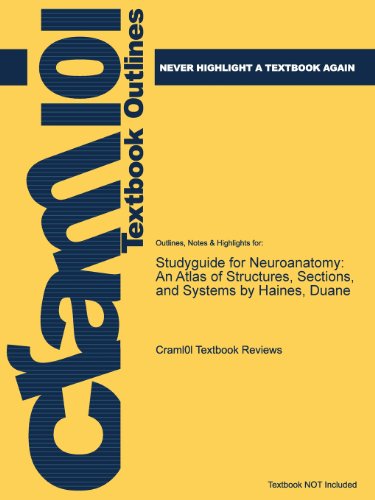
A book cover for Studyguide for Neuroanatomy: An Atlas of Structures, Sections, and Systems by Haines, Duane; Cram101 Textbook Reviews; Medical Books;